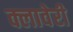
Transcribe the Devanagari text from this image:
क्लावेरी